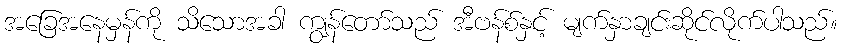
အခြေအနေမှန်ကို သိသောအခါ ကျွန်တော်သည် အီဗန်စ်နှင့် မျက်နှာချင်းဆိုင်လိုက်ပါသည်။